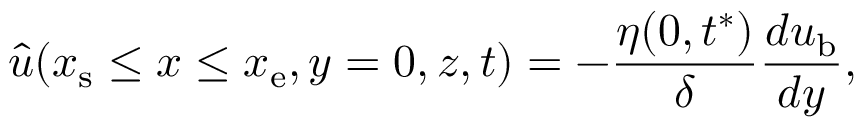
\hat { u } ( x _ { \mathrm { s } } \le x \le x _ { \mathrm { e } } , y = 0 , z , t ) = - \frac { \eta ( 0 , t ^ { * } ) } { \delta } \frac { d u _ { \mathrm { b } } } { d y } ,